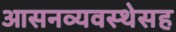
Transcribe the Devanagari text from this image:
आसनव्यवस्थेसह